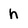
Character: h